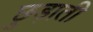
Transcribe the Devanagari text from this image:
छुड़ाती